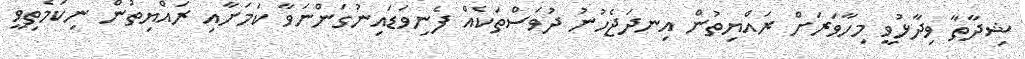
ޝިދާތާ ވިދާޅުވީ މިހާވަރަށް ރައްޔިތުން އިނދަޖެހުނު ދުވަސްތަކެއް ފެނިވަޑައިނުގަންނަވާ ކަމަށާއި ރައްޔިތުން ނިކަމެތިވީ